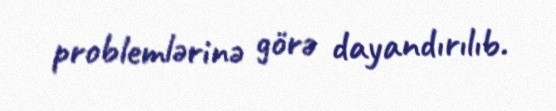
problemlərinə görə dayandırılıb.